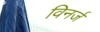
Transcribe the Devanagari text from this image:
विनर्ज